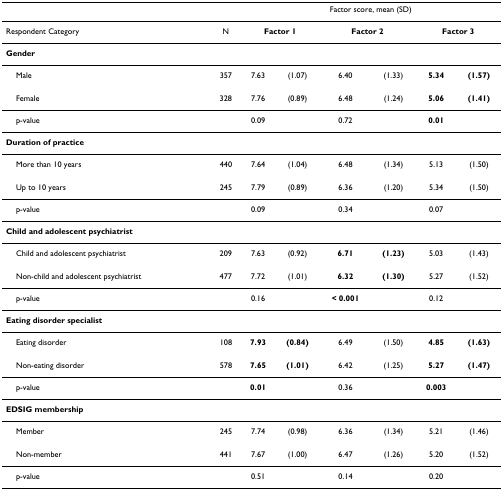
<table><thead><tr><td></td><td></td><td colspan="6"><b>Factor score, mean (SD)</b></td></tr></thead><tbody><tr><td>Respondent Category</td><td>N</td><td colspan="2"><b>Factor 1</b></td><td colspan="2"><b>Factor 2</b></td><td colspan="2"><b>Factor 3</b></td></tr><tr><td colspan="8"><b>Gender</b></td></tr><tr><td> Male</td><td>357</td><td>7.63</td><td>(1.07)</td><td>6.40</td><td>(1.33)</td><td><b>5.34</b></td><td><b>(1.57)</b></td></tr><tr><td> Female</td><td>328</td><td>7.76</td><td>(0.89)</td><td>6.48</td><td>(1.24)</td><td><b>5.06</b></td><td><b>(1.41)</b></td></tr><tr><td> p-value</td><td></td><td>0.09</td><td></td><td>0.72</td><td></td><td><b>0.01</b></td><td></td></tr><tr><td colspan="8"><b>Duration of practice</b></td></tr><tr><td> More than 10 years</td><td>440</td><td>7.64</td><td>(1.04)</td><td>6.48</td><td>(1.34)</td><td>5.13</td><td>(1.50)</td></tr><tr><td> Up to 10 years</td><td>245</td><td>7.79</td><td>(0.89)</td><td>6.36</td><td>(1.20)</td><td>5.34</td><td>(1.50)</td></tr><tr><td> p-value</td><td></td><td>0.09</td><td></td><td>0.34</td><td></td><td>0.07</td><td></td></tr><tr><td colspan="8"><b>Child and adolescent psychiatrist</b></td></tr><tr><td> Child and adolescent psychiatrist</td><td>209</td><td>7.63</td><td>(0.92)</td><td><b>6.71</b></td><td><b>(1.23)</b></td><td>5.03</td><td>(1.43)</td></tr><tr><td> Non-child and adolescent psychiatrist</td><td>477</td><td>7.72</td><td>(1.01)</td><td><b>6.32</b></td><td><b>(1.30)</b></td><td>5.27</td><td>(1.52)</td></tr><tr><td> p-value</td><td></td><td>0.16</td><td></td><td><b>&lt; 0.001</b></td><td></td><td>0.12</td><td></td></tr><tr><td colspan="8"><b>Eating disorder specialist</b></td></tr><tr><td> Eating disorder</td><td>108</td><td><b>7.93</b></td><td><b>(0.84)</b></td><td>6.49</td><td>(1.50)</td><td><b>4.85</b></td><td><b>(1.63)</b></td></tr><tr><td> Non-eating disorder</td><td>578</td><td><b>7.65</b></td><td><b>(1.01)</b></td><td>6.42</td><td>(1.25)</td><td><b>5.27</b></td><td><b>(1.47)</b></td></tr><tr><td> p-value</td><td></td><td><b>0.01</b></td><td></td><td>0.36</td><td></td><td><b>0.003</b></td><td></td></tr><tr><td colspan="8"><b>EDSIG membership</b></td></tr><tr><td> Member</td><td>245</td><td>7.74</td><td>(0.98)</td><td>6.36</td><td>(1.34)</td><td>5.21</td><td>(1.46)</td></tr><tr><td> Non-member</td><td>441</td><td>7.67</td><td>(1.00)</td><td>6.47</td><td>(1.26)</td><td>5.20</td><td>(1.52)</td></tr><tr><td> p-value</td><td></td><td>0.51</td><td></td><td>0.14</td><td></td><td>0.20</td><td></td></tr></tbody></table>